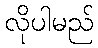
လိုပါမည်